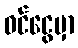
ဝင်ငွေမှာ